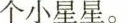
个小星星。